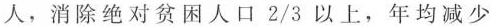
人，消除绝对贫困人口2/3以上，年均减少